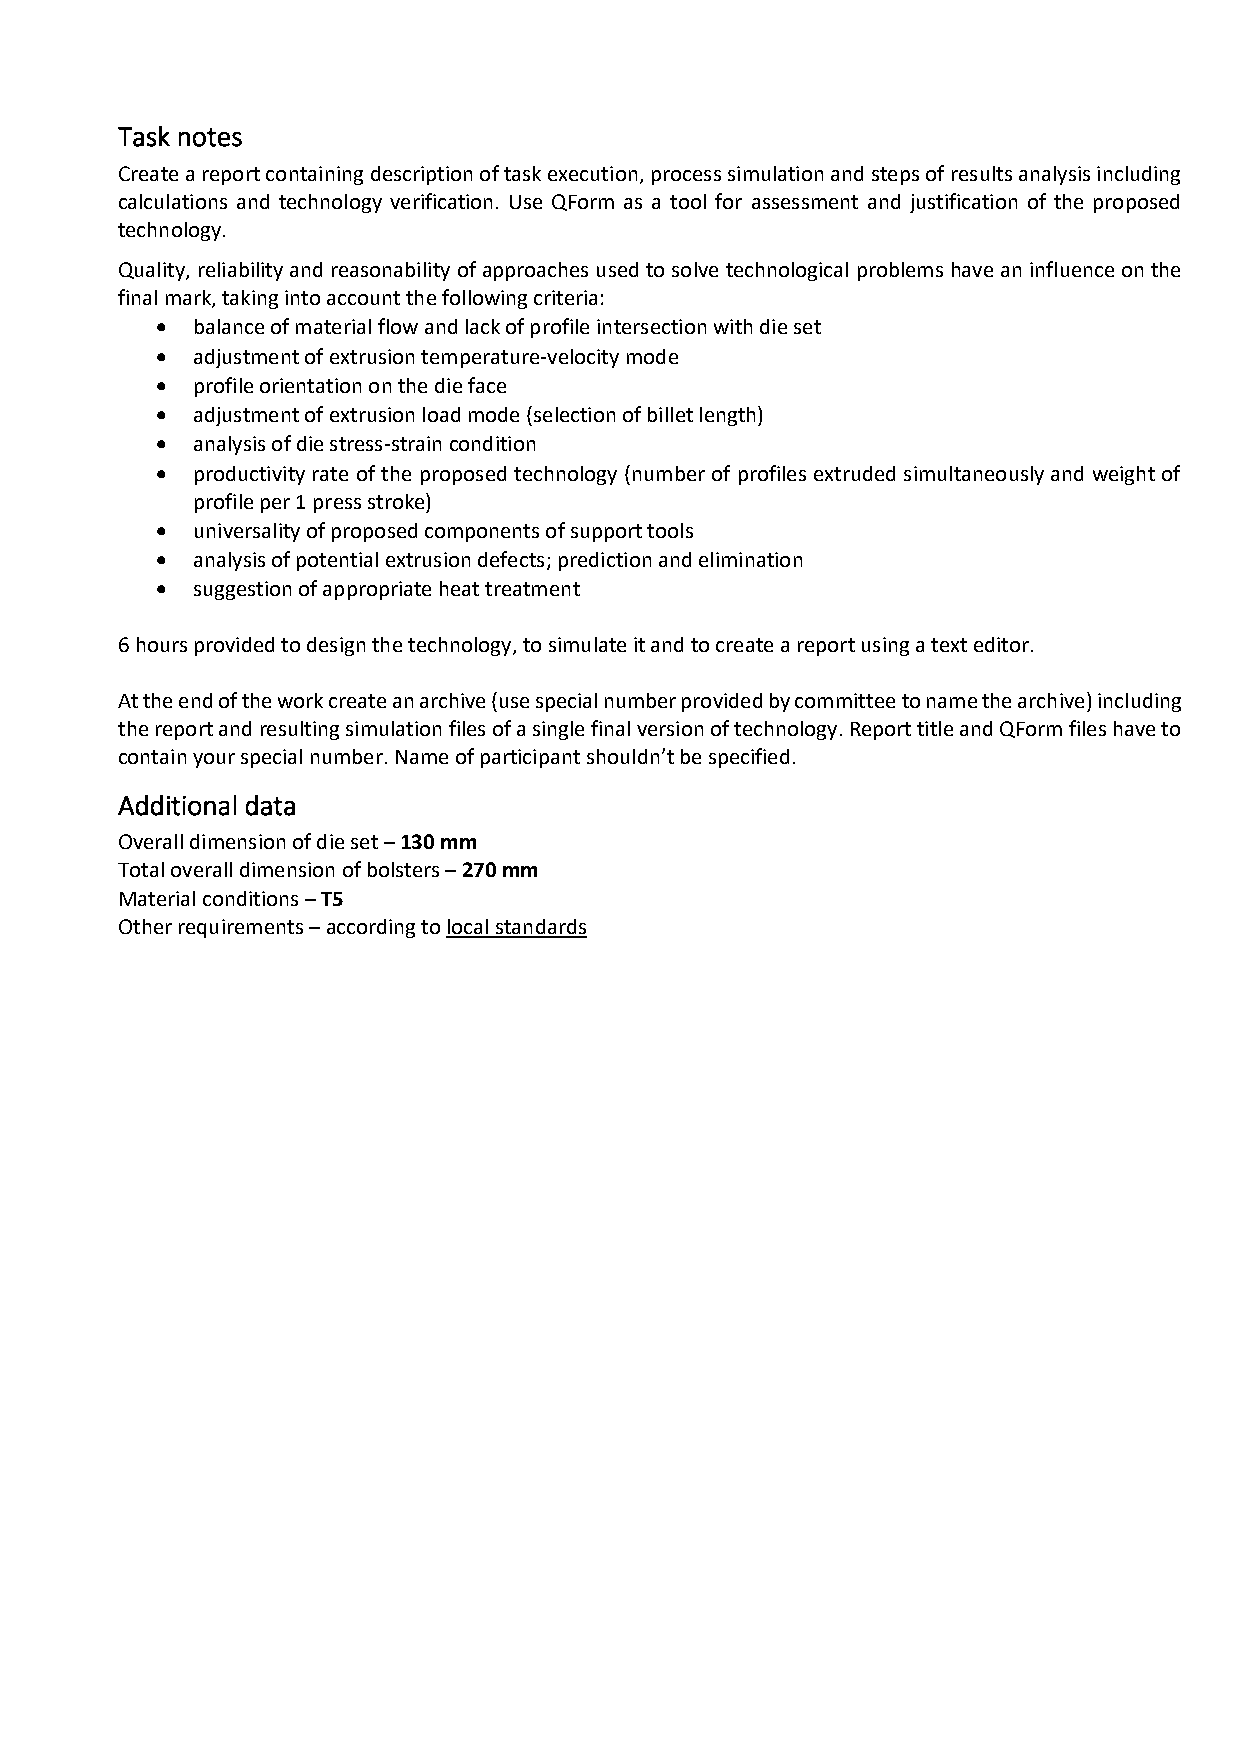
Task notes
 Create a report containing description of task execution, process simulation and steps of results analysis including
 calculations and technology verification. Use QForm as a tool for assessment and justification of the proposed
 technology.
 Quality, reliability and reasonability of approaches used to solve technological problems have an influence on the
 final mark, taking into account the following criteria:
 •  balance of material flow and lack of profile intersection with die set
 •  adjustment of extrusion temperature-velocity mode
 •  profile orientation on the die face
 •  adjustment of extrusion load mode (selection of billet length)
 •  analysis of die stress-strain condition
 •  productivity rate of the proposed technology (number of profiles extruded simultaneously and weight of
 profile per 1 press stroke)
 •  universality of proposed components of support tools
 •  analysis of potential extrusion defects; prediction and elimination
 •  suggestion of appropriate heat treatment
 6 hours provided to design the technology, to simulate it and to create a report using a text editor.
 At the end of the work create an archive (use special number provided by committee to name the archive) including
 the report and resulting simulation files of a single final version of technology. Report title and QForm files have to
 contain your special number. Name of participant shouldn’t be specified.
 Additional data
 Overall dimension of die set – 130 mm
 Total overall dimension of bolsters – 270 mm
 Material conditions – T5
 Other requirements – according to local standards